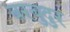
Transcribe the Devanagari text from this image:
बरबुदुर